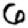
Digit: 6